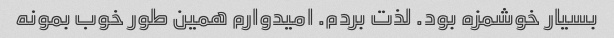
بسیار خوشمزه بود. لذت بردم. امیدوارم همین طور خوب بمونه